Senior Leaving Certificate Examination (including Day School Certificate (Higher) General paper), 1949
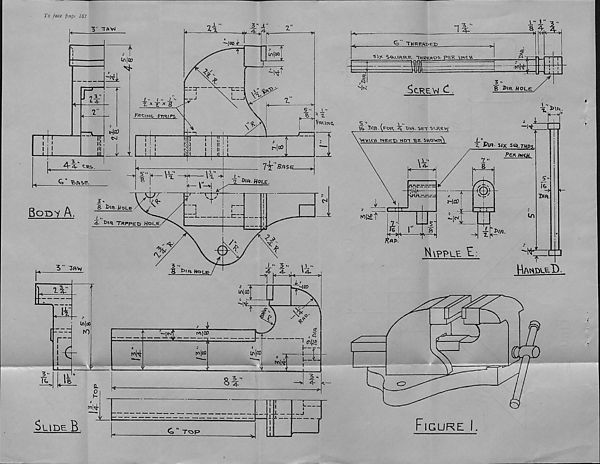
To face page 167
l^l*"
Figure I.